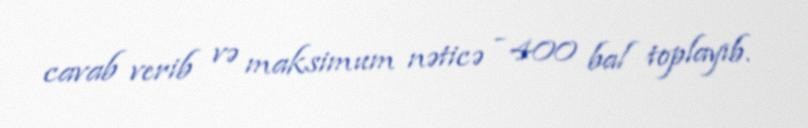
cavab verib və maksimum nəticə - 400 bal toplayıb.